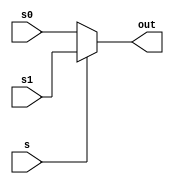
module MUX5(input[4:0] s0 , input[4:0] s1 , input s , output[4:0] out);
	assign out = s ? s1 : s0;
endmodule